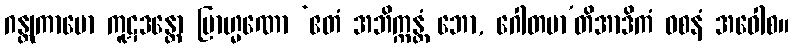
ဂန္တုကာမော ကူဋဒန္တော ဗြာဟ္မဏော ‘ဧတံ အဘိက္ကန္တံ ဘော, ဂေါတမာ’တိအာဒိကံ ဝစနံ အဝေါစ။